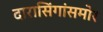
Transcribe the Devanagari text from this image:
दारासिंगांसमोर